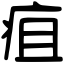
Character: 疽